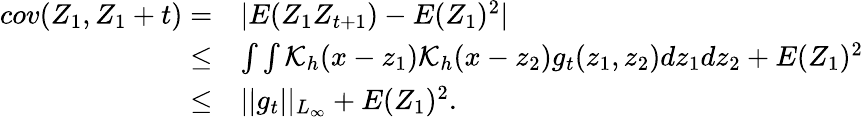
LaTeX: \begin{array}{rl}{cov(Z_{1},Z_{1}+t)=}&{|E(Z_{1}Z_{t+1})-E(Z_{1})^{2}|}\\ {\le}&{\int\int\mathcal{K}_{h}(x-z_{1})\mathcal{K}_{h}(x-z_{2})g_{t}(z_{1},z_{2})dz_{1}dz_{2}+E(Z_{1})^{2}}\\ {\le}&{||g_{t}||_{L_{\infty}}+E(Z_{1})^{2}.}\end{array}